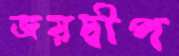
জয়দ্বীপ